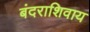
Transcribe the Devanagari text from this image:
बंदराशिवाय